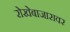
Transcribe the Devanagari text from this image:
रोखेबाजारावर